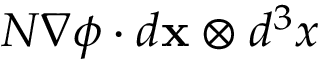
N \nabla \phi \cdot d \mathbf { x } \otimes d ^ { 3 } x